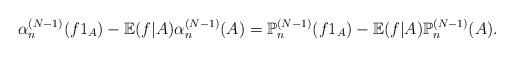
LaTeX: \begin{align*}\alpha_{n}^{(N-1)}(f1_{A})-\mathbb{E}(f|A)\alpha_{n}^{(N-1)}(A)=\mathbb{P}_{n}^{(N-1)}(f1_{A})-\mathbb{E}(f|A)\mathbb{P}_{n}^{(N-1)}(A).\end{align*}